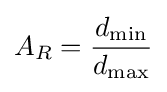
A_{R}={\frac {d_{\min }}{d_{\max }}}